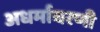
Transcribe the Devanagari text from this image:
अधर्माचरणी